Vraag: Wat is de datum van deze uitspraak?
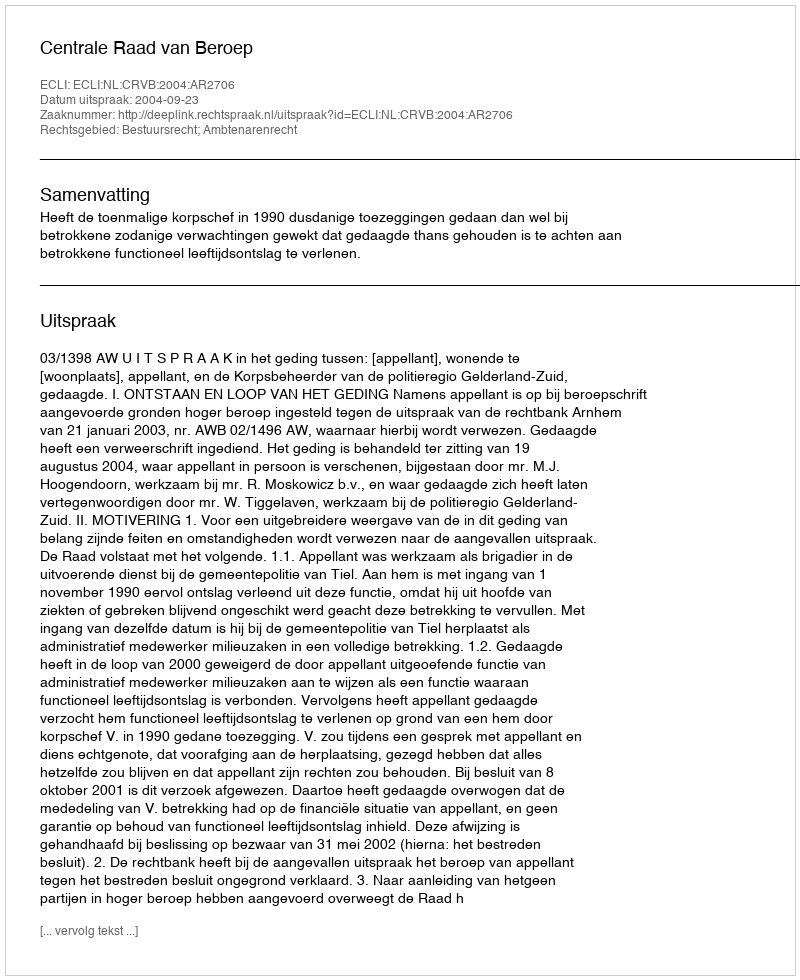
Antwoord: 2004-09-23